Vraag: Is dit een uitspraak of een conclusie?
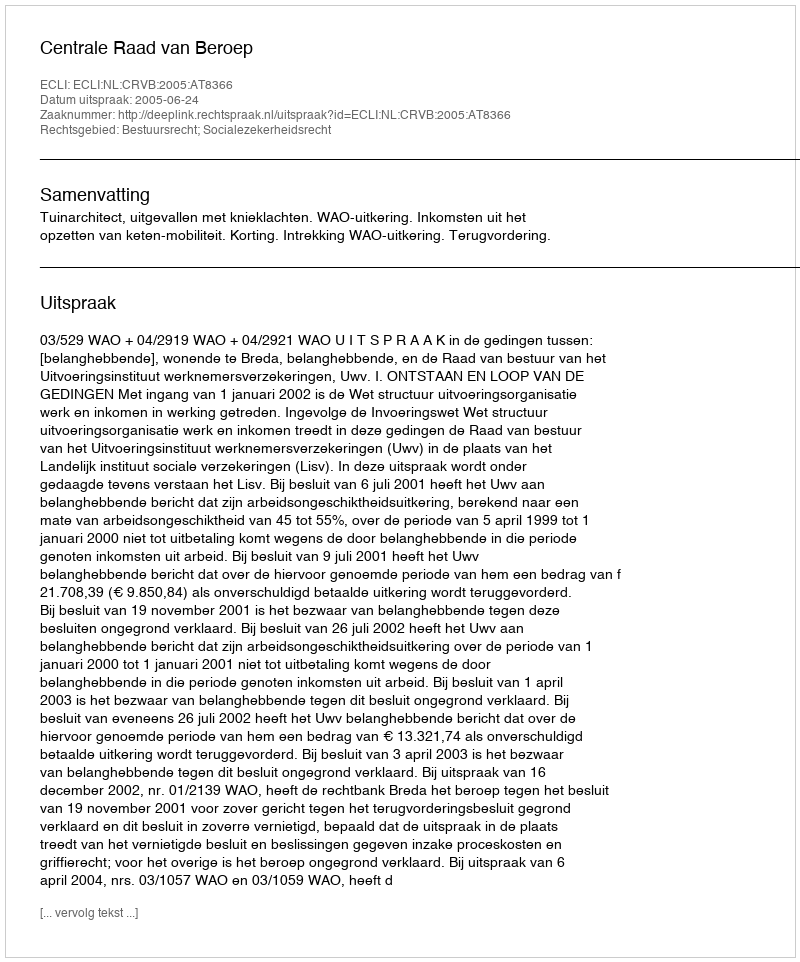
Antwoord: Uitspraak